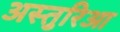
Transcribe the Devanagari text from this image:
अस्तुरिआ